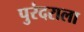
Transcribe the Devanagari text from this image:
पुरंदराला